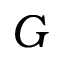
G